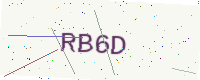
Text: RB6D